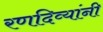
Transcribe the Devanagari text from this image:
रणदिव्यांनी